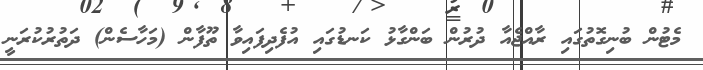
މެޓުން ބުނިގޮތުގައި ރާއްޖެއާ ދުރުން ބަންގާޅު ކަނޑުގައި އުފެދިފައިވާ ތޫފާން (މަހާސެން) ދަތުރުކުރަނީ